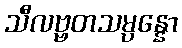
သီလဗ္ဗတသမ္ပန္နော